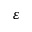
\varepsilon